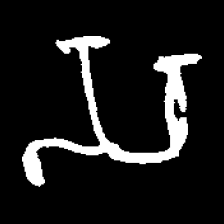
Pyu character \u2014 Myanmar letter: သ (romanized: sa)